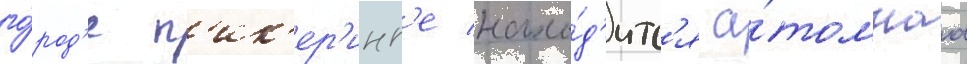
го́род'е п'ик'ер'инг'е нахо́д'итс'я а́томнаа